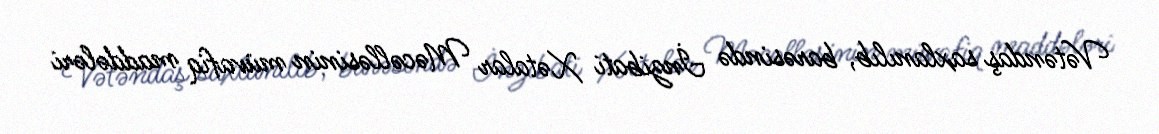
Vətəndaş saxlanılıb, barəsində İnzibati Xətalar Məcəlləsinin müvafiq maddələri